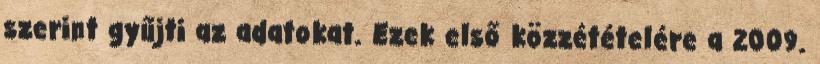
szerint gyűjti az adatokat. Ezek első közzétételére a 2009.